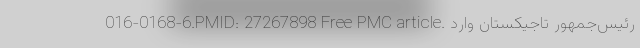
016-0168-6.PMID: 27267898 Free PMC article. رئیس‌جمهور تاجیکستان وارد